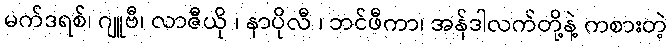
မက်ဒရစ်၊ ဂျူဗီ၊ လာဇီယို ၊ နာပိုလီ ၊ ဘင်ဖီကာ၊ အန်ဒါလက်တို့နဲ့ ကစားတဲ့